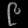
Digit: ၉